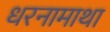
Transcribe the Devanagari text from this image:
धरनामाथा